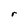
Character: r